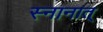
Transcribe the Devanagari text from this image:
स्नानात्